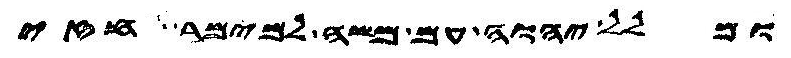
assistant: ומלל יהוה עם משה למימר חזי